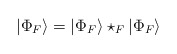
\begin{align*}| \Phi_F \rangle =| \Phi_F \rangle\star_F | \Phi_F \rangle\,\end{align*}